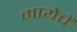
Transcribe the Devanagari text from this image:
मायेचें